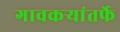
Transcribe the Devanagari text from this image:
गावकऱ्यांतर्फे